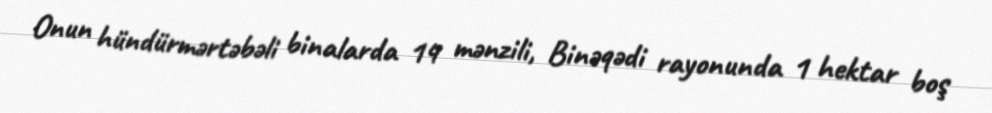
Onun hündürmərtəbəli binalarda 14 mənzili, Binəqədi rayonunda 1 hektar boş